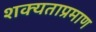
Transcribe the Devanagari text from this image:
शक्यताप्रमाण